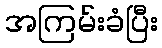
အကြမ်းခံပြီး